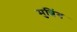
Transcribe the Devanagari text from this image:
मुन्निंग